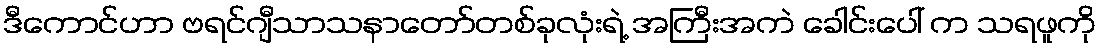
ဒီကောင်ဟာ ဗရင်ဂျီသာသနာတော်တစ်ခုလုံးရဲ့ အကြီးအကဲ ခေါင်းပေါ် က သရဖူကို